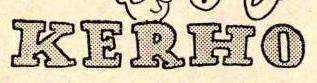
KERHO